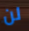
لن